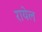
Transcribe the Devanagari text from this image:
रायेल